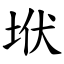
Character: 垘